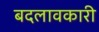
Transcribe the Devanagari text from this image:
बदलावकारी